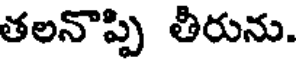
తలనొప్పి తీరును.